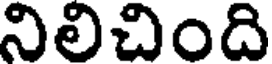
నిలిచింది